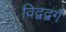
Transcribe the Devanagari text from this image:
विद्वद्वर्ग